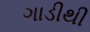
ગાડીથી